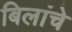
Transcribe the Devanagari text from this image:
बिलांचे